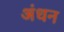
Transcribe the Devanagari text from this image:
अंधन